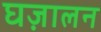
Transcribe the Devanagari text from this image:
घज़ालन